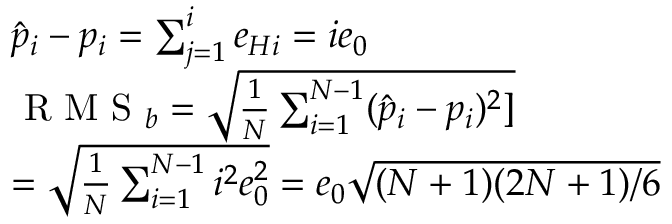
\begin{array} { r l } & { \hat { p } _ { i } - p _ { i } = \sum _ { j = 1 } ^ { i } e _ { H i } = i e _ { 0 } } \\ & { \textrm { R M S } _ { b } = \sqrt { \frac { 1 } { N } \sum _ { i = 1 } ^ { N - 1 } ( \hat { p } _ { i } - p _ { i } ) ^ { 2 } ] } } \\ & { = \sqrt { \frac { 1 } { N } \sum _ { i = 1 } ^ { N - 1 } i ^ { 2 } e _ { 0 } ^ { 2 } } = e _ { 0 } \sqrt { ( N + 1 ) ( 2 N + 1 ) / 6 } } \end{array}